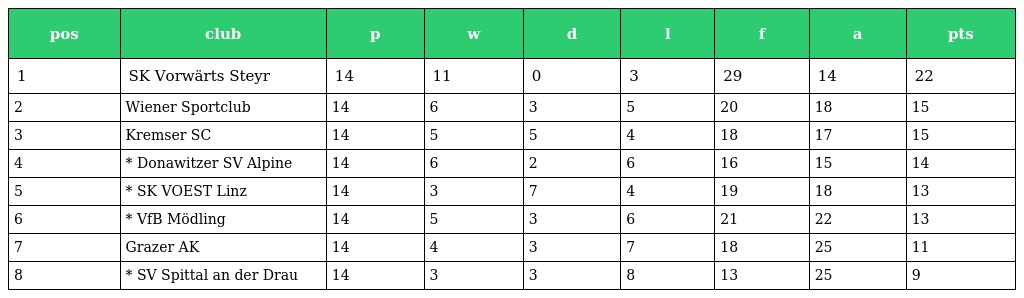
| pos | club | p | w | d | l | f | a | pts |
 | --- | --- | --- | --- | --- | --- | --- | --- | --- |
 | 1 | SK Vorwärts Steyr | 14 | 11 | 0 | 3 | 29 | 14 | 22 |
 | 2 | Wiener Sportclub | 14 | 6 | 3 | 5 | 20 | 18 | 15 |
 | 3 | Kremser SC | 14 | 5 | 5 | 4 | 18 | 17 | 15 |
 | 4 | * Donawitzer SV Alpine | 14 | 6 | 2 | 6 | 16 | 15 | 14 |
 | 5 | * SK VOEST Linz | 14 | 3 | 7 | 4 | 19 | 18 | 13 |
 | 6 | * VfB Mödling | 14 | 5 | 3 | 6 | 21 | 22 | 13 |
 | 7 | Grazer AK | 14 | 4 | 3 | 7 | 18 | 25 | 11 |
 | 8 | * SV Spittal an der Drau | 14 | 3 | 3 | 8 | 13 | 25 | 9 |